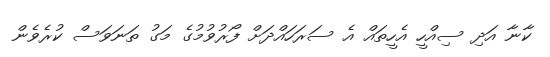
ކާނާ އަދި ސިއްހީ އެހީތައް އެ ސަރަހައްދަށް ފޯރުވުމުގެ މަގު ތަނަވަސް ކުރެވެން